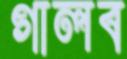
গালব